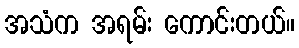
အသံက အရမ်း ကောင်းတယ်။